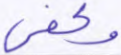
وكفى